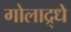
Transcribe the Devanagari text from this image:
गोलाद्र्धे